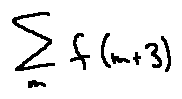
\sum \limits _ { m } f ( m + 3 )